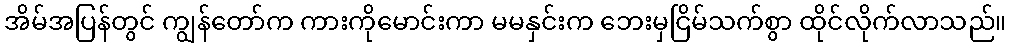
အိမ်အပြန်တွင် ကျွန်တော်က ကားကိုမောင်းကာ မမနှင်းက ဘေးမှငြိမ်သက်စွာ ထိုင်လိုက်လာသည်။